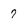
Character: 7